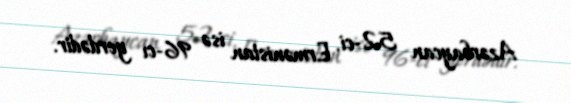
Azərbaycan 52-ci, Ermənistan isə 96-cı yerdədir.